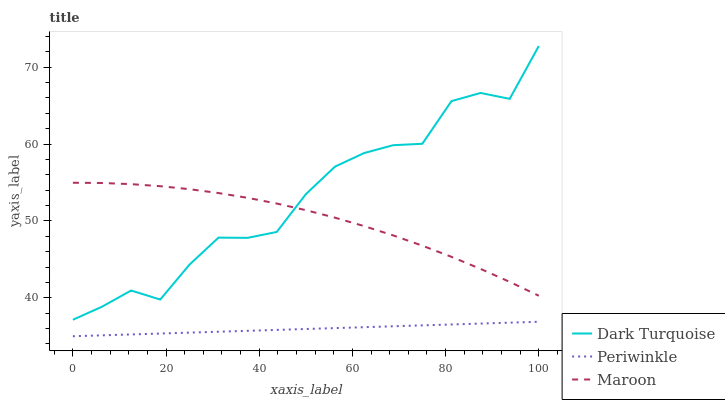
| xaxis_label | Dark Turquoise | Periwinkle | Maroon |
 | --- | --- | --- | --- |
 | 0 | 37.1 | 35 | 55 |
 | 6.25 | 38.8 | 35.1 | 54.9 |
 | 12.5 | 40.9 | 35.2 | 54.8 |
 | 18.8 | 39.8 | 35.4 | 54.5 |
 | 25 | 44.3 | 35.5 | 54.1 |
 | 31.2 | 47.8 | 35.6 | 53.6 |
 | 37.5 | 47.8 | 35.7 | 53 |
 | 43.8 | 48.6 | 35.8 | 52.3 |
 | 50 | 53.5 | 35.9 | 51.4 |
 | 56.2 | 57.1 | 36.1 | 50.4 |
 | 62.5 | 58.8 | 36.2 | 49.3 |
 | 68.8 | 59.8 | 36.3 | 48.1 |
 | 75 | 60 | 36.4 | 46.8 |
 | 81.2 | 65.6 | 36.5 | 45.3 |
 | 87.5 | 66.6 | 36.6 | 43.8 |
 | 93.8 | 65.9 | 36.8 | 42.1 |
 | 100 | 72.7 | 36.9 | 40.3 |